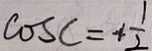
\cos C = 4 \frac { 1 } { 2 }